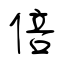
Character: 倍